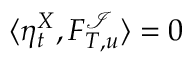
\langle \eta _ { t } ^ { X } , F _ { T , u } ^ { \mathcal { I } } \rangle = 0